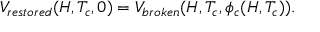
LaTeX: V _ { r e s t o r e d } ( H , T _ { c } , 0 ) = V _ { b r o k e n } ( H , T _ { c } , \phi _ { c } ( H , T _ { c } ) ) .